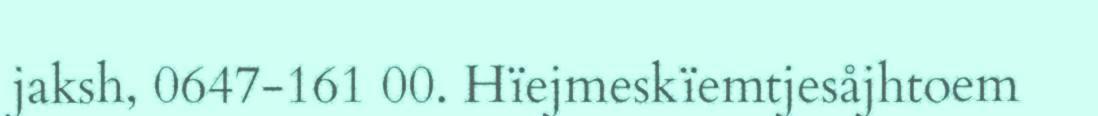
jaksh, 0647-161 00. Hïejmeskïemtjesåjhtoem